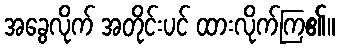
အခွေလိုက် အတိုင်းပင် ထားလိုက်ကြ၏။